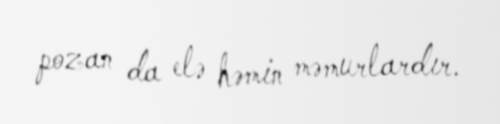
pozan da elə həmin məmurlardır.